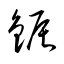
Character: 鋠